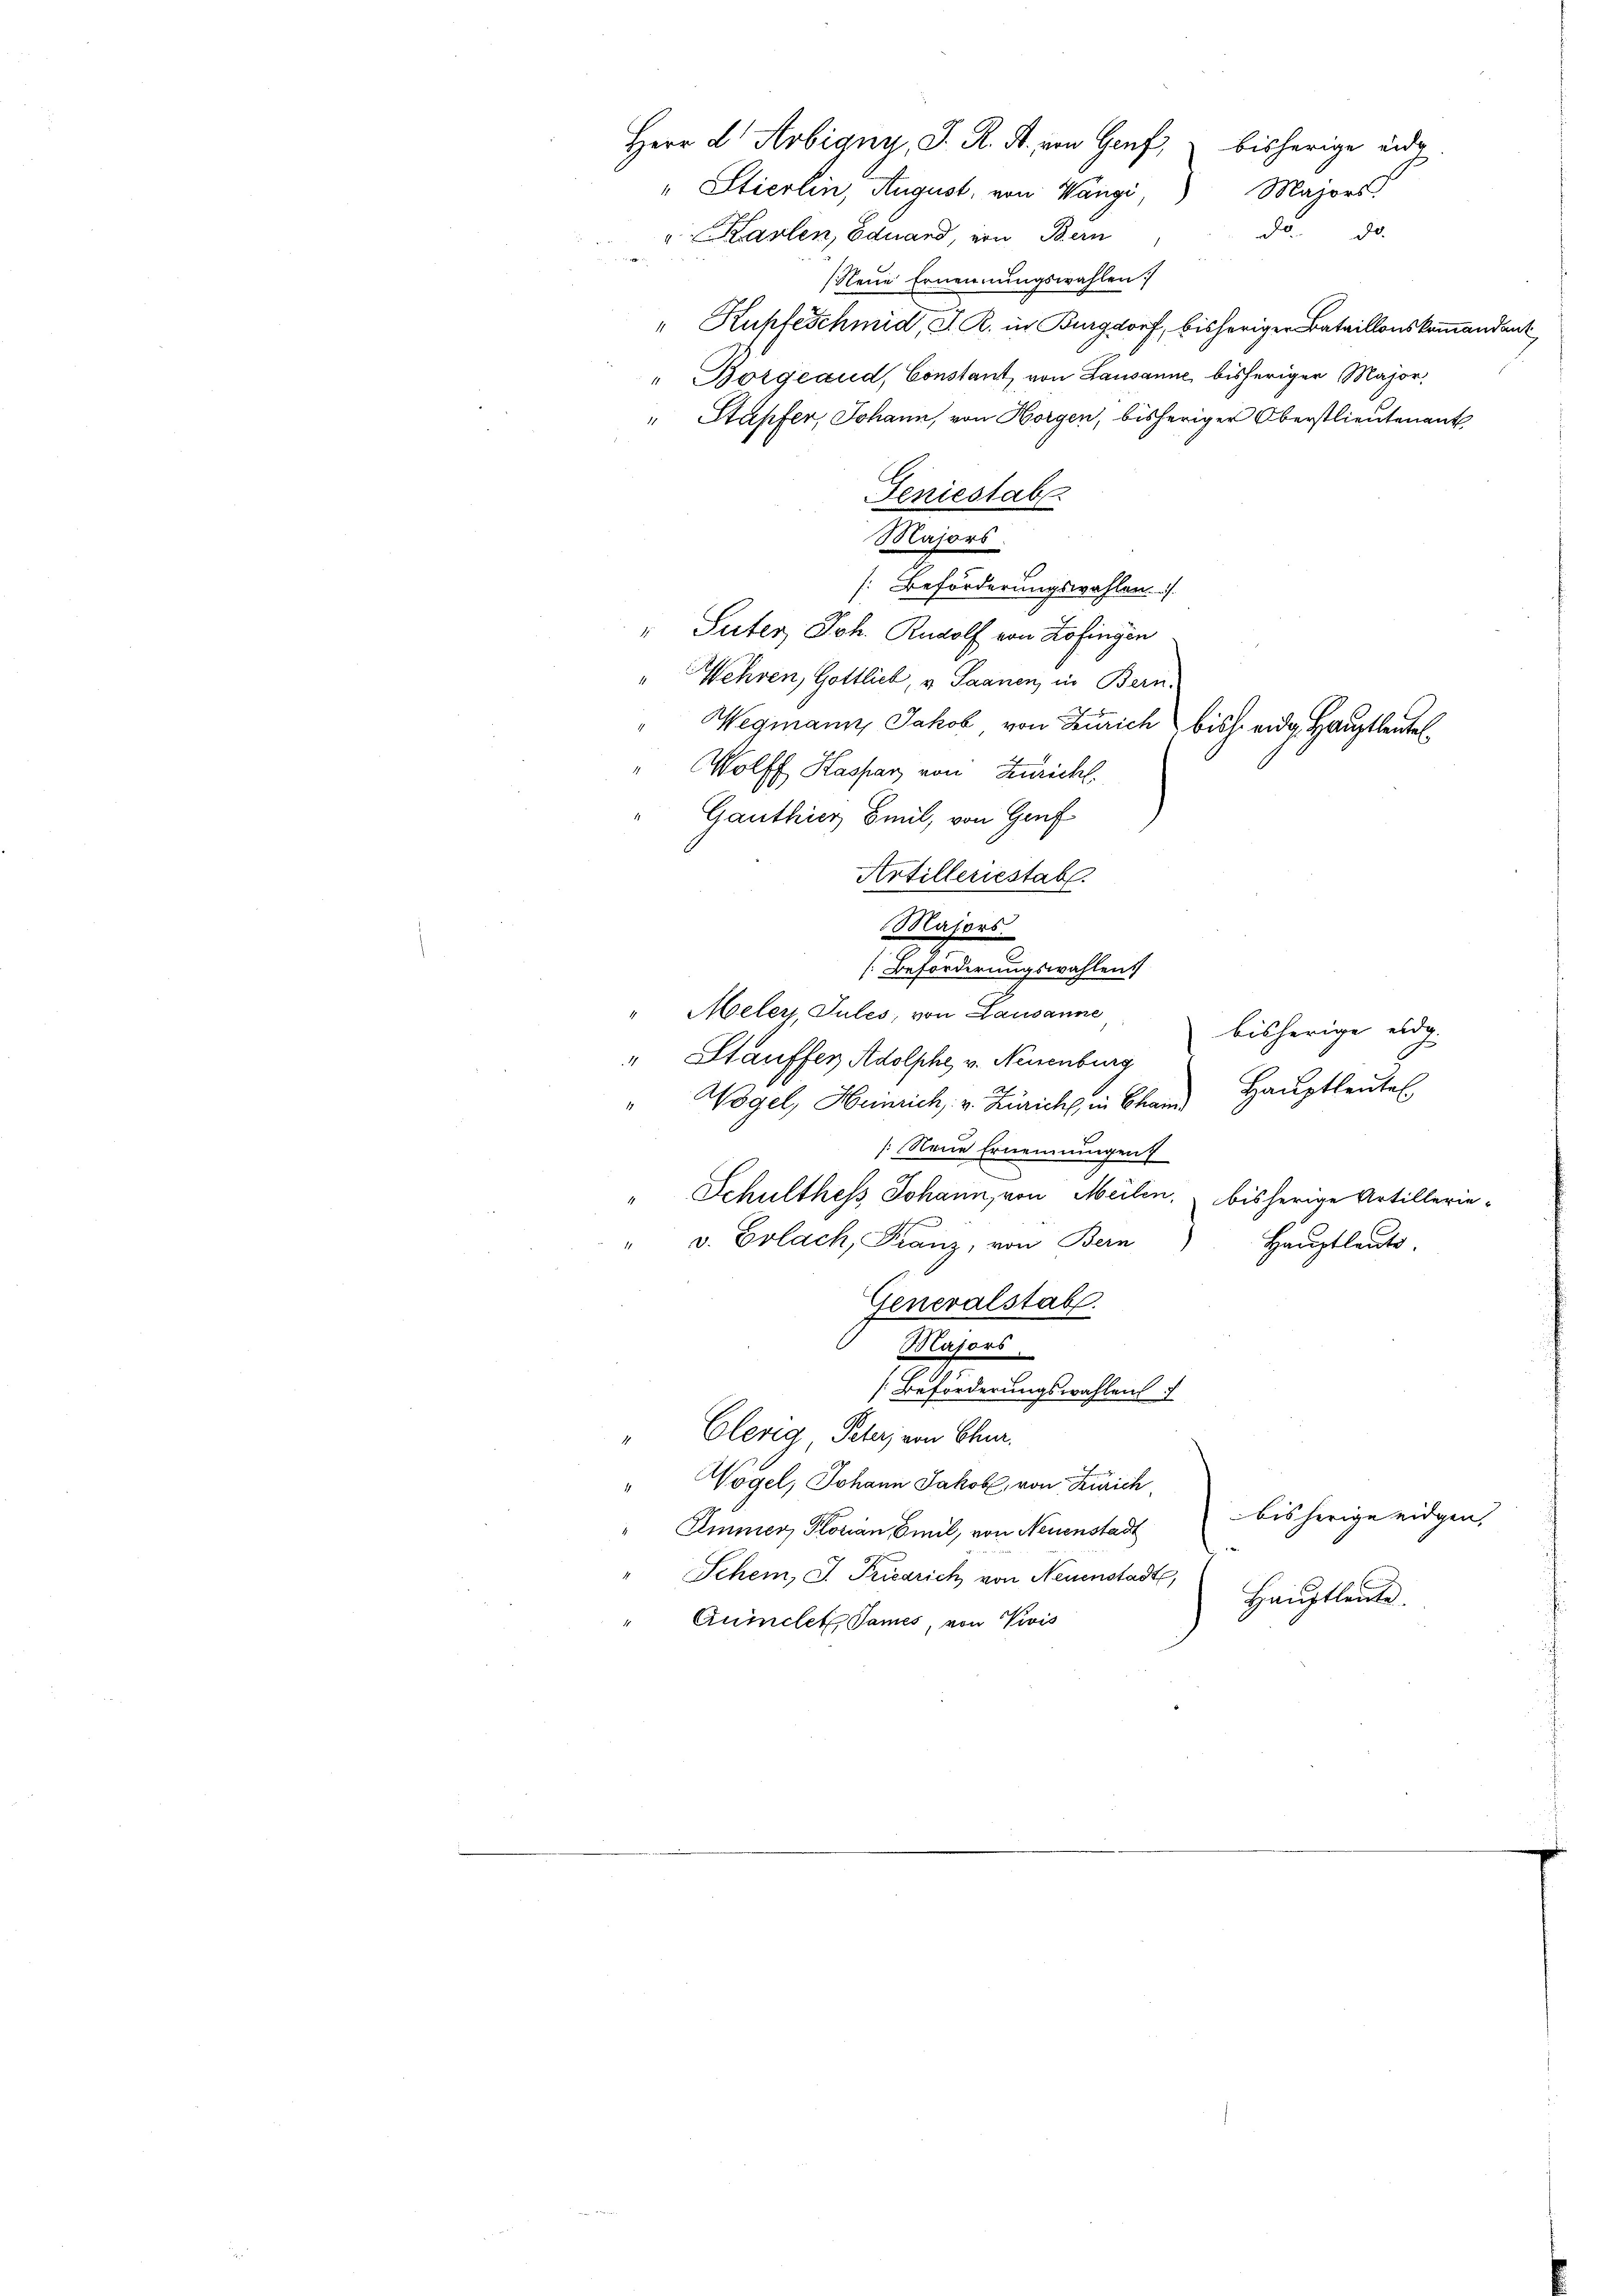
" Etierlin, August, von Wangi,
" Karlen, Eduard, von Bern
(Neue Ernennungswahlen.
" Kupfeschmid, S. R. in Burgdorf, bisheriger Bataillonskommandant
" Borgeaud, Constant, von Lausanne bisheriger Major,
" Stapfer, Johann, von Horgen, bisheriger Oberstlieutenant
Geniestab
Majors.
[Beförderungswahlen.
" Suter Joh. Rudolf von Zofingen
" Wehren, Gottlieb, u. Saanen, in Bern.
Wegmann, Jakob von Zürich bish. eidg. Hauptleutel
Wolff Hassar von Züricht.
Ganthier Seel, von Gruf
Majors.
[Beförderungswahlen.
"Meler, Jules, von Lausanne bisherige erg
" Stauffer Adolphe, v. Neuenburg
Hauptleute.
Wogel, Heinrich v. Zürich, in Chan
: Neue Ernennungen
s
" Schulthess Johann, von Meilen, bisherige Artillerie-
" v. Erlach, Franz, von Bern
Hauptleute.
Generalstab.
Majors
[Beförderungswahlens
" Clerig Peter, von Chur.
Wogel, Johann Jakob, von Zürich
bisherige eidgen.
Immer, Plorian Emil, von Neuenstadt
Schem, J. Friedrich von Neuenstadt,
Haŭptleute.
Quinclet Sames, von Divis

Artilleriestab.

Herr d Arbigny, J. R. R. von Genf, bisherige eidg
Majors
da d